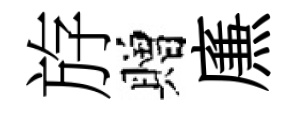
斿贈㢘